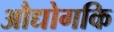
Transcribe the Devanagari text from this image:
औद्योगकि